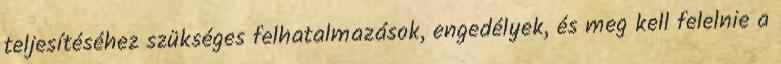
teljesítéséhez szükséges felhatalmazások, engedélyek, és meg kell felelnie a